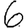
Digit: 6